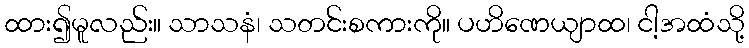
ထား၍မူလည်း။ သာသနံ၊ သတင်းစကားကို။ ပဟိဏေယျာထ၊ ငါ့အထံသို့